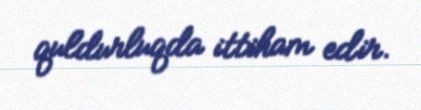
quldurluqda ittiham edir.